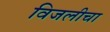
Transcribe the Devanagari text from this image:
विजलीचा